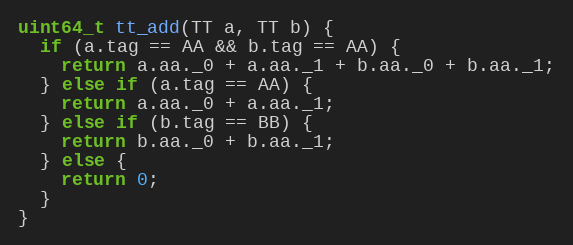
Language: C
uint64_t tt_add(TT a, TT b) {
  if (a.tag == AA && b.tag == AA) {
    return a.aa._0 + a.aa._1 + b.aa._0 + b.aa._1;
  } else if (a.tag == AA) {
    return a.aa._0 + a.aa._1;
  } else if (b.tag == BB) {
    return b.aa._0 + b.aa._1;
  } else {
    return 0;
  }
}